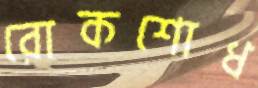
রোকশোধ